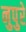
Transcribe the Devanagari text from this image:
नुपुरे